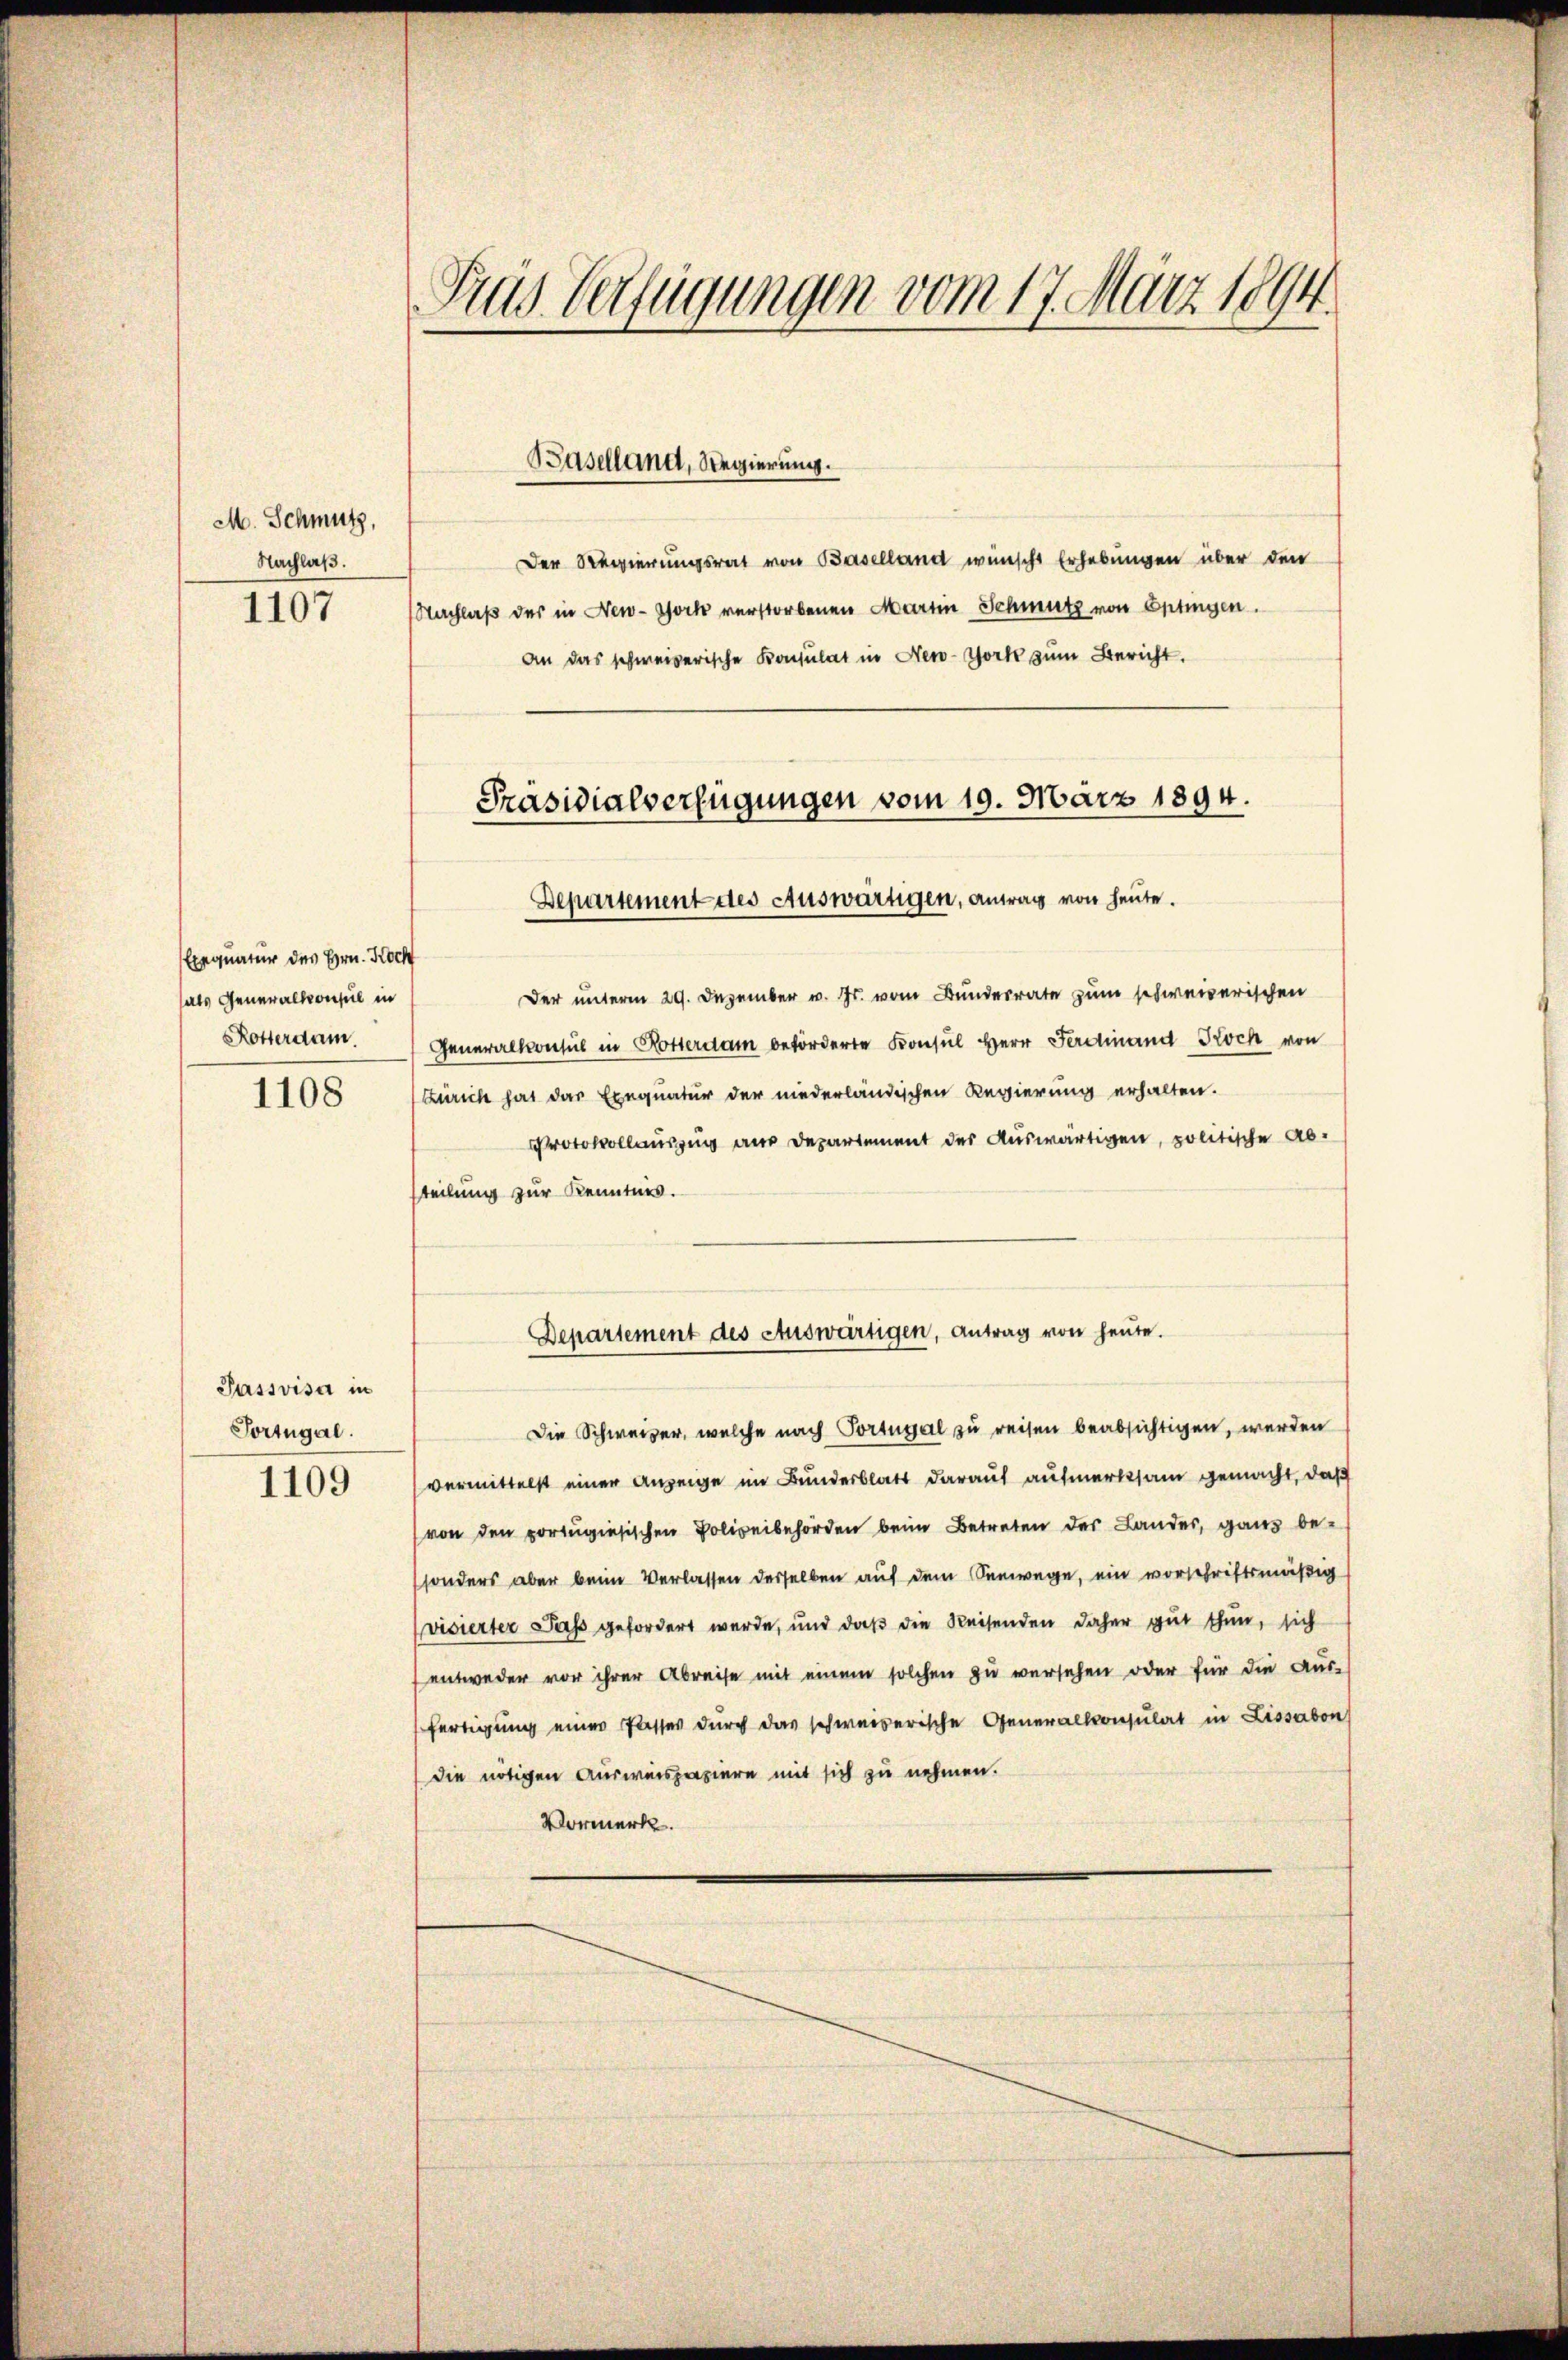
M. Schmutz,
Nachlaß.
1107

Exequatur des Hrn. Hoch
als Generalkonsul in
1108

Passvisa in
Portugal.

1109

Gras Verfügungen vom 17. März 1894.

Der Regierungsrat von Baselland wünscht Erhebungen über den
Nachlaß des in New-York verstorbenen Martin Schmutz von Ettingen.
an das schweizerische Konsulat in New-York zum Bericht.

Baselland, Regierung.

Präsidialverfügungen vom 19. März 1894.
Departement des Auswärtigen, antrag von heute.

Der unterm 29. Dezember v. Js. vom Bunderrate zum schweizerischen
Rotterdam. Generalkonsul in Rotterdam beförderte Konsul Herr Ferdinand Koch von
Zürich hat das Exequatur der niederländischen Regierung erhalten.
Protokollauszug aus Departement des Auswärtigen, politische Absteilung zur Kenntnis.

Departement des Auswärtigen, Antrag von heute.

Die Schweizer, welche nach Portugal zu reisen beabsichtigen, werden
vermittelst einer Anzeige im Bundesblatt darauf aufmerksam gemacht, daß
von den portugisischen Polizeibehörden beim Betreten des Landes, ganz besonders aber beim Verlassen derselben auf dem Seewege, ein vorschriftsmäßig
visierter das gefordert werde, und daß die Reisenden daher gut thun, sich
entweder vor ihrer Abreise mit einem solchen zu versehen oder für die Aus-
fertigung einer Passer durch das schweizerische Generalkonsulat in Lissabon
die nötigen Ausweispapiere mit sich zu nehmen.
Vormerk.